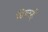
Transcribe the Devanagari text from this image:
दिल्ली्